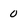
Character: 0